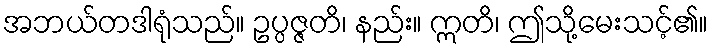
အဘယ်တဒါရုံသည်။ ဥပ္ပဇ္ဇတိ၊ နည်း။ ဣတိ၊ ဤသို့မေးသင့်၏။